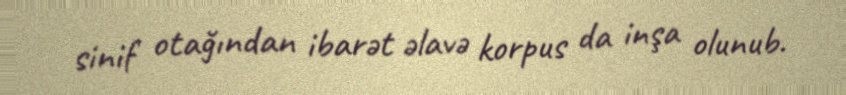
sinif otağından ibarət əlavə korpus da inşa olunub.